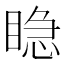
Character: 𥈲